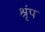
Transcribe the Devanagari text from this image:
श्रृंप